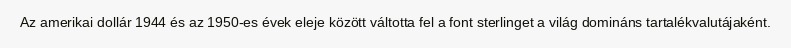
Az amerikai dollár 1944 és az 1950-es évek eleje között váltotta fel a font sterlinget a világ domináns tartalékvalutájaként.